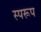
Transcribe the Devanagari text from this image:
स्परूप